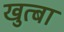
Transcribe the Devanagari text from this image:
खुत्बा